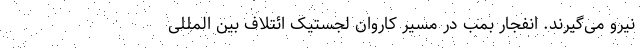
نیرو می‌گیرند. انفجار بمب در مسیر کاروان لجستیک ائتلاف بین المللی